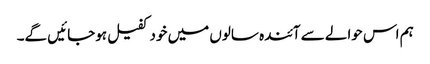
ہم اس حوالے سے آئندہ سالوں میں خود کفیل ہوجائیں گے۔